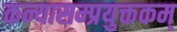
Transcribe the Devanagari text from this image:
कन्यासम्प्रयुक्तकम्